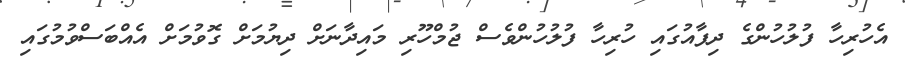
އެހުރިހާ ފުލުހުންގެ ދިފާއުގައި ހުރިހާ ފުލުހުންވެސް ޖުމްހޫރި މައިދާނަށް ދިޔުމަށް ގޮވުމަށް އެއްބަސްވުމުގައި